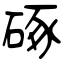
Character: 硺